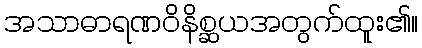
အသာဓာရဏဝိနိစ္ဆယအတွက်ထူး၏။